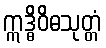
ဣဒ္ဓိဝိဓသုတ္တံ